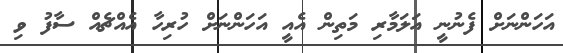
އަހަންނަށް ފެނުނީ އަލަމާރި މަތިން އެއީ އަހަންނަށް ހުރިހާ އެއްޗެއް ސާފު ވި